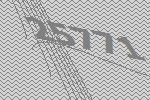
25771